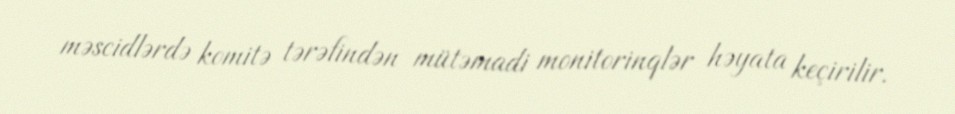
məscidlərdə komitə tərəfindən mütəmadi monitorinqlər həyata keçirilir.